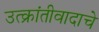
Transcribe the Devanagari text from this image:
उत्क्रांतीवादाचे